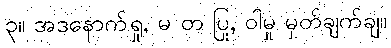
၃။ အဒနောက်ရှု, မ တ ပြု, ဝါမှု မှတ်ချက်ချ။